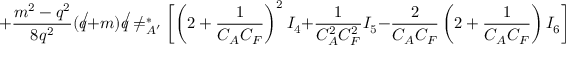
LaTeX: + \frac { m ^ { 2 } - q ^ { 2 } } { 8 q ^ { 2 } } ( \not q + m ) \not q \not e _ { A ^ { \prime } } ^ { * } \biggl [ \left( 2 + \frac { 1 } { C _ { A } C _ { F } } \right) ^ { 2 } I _ { 4 } + \frac { 1 } { C _ { A } ^ { 2 } C _ { F } ^ { 2 } } I _ { 5 } - \frac { 2 } { C _ { A } C _ { F } } \left( 2 + \frac { 1 } { C _ { A } C _ { F } } \right) I _ { 6 } \biggr ] \biggr \} \biggl ) u _ { A }